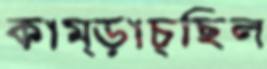
কাম্‌ড়াচ্ছিল